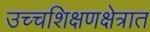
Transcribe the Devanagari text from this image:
उच्चशिक्षणक्षेत्रात